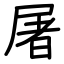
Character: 屠